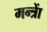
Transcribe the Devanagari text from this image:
मन्त्राें